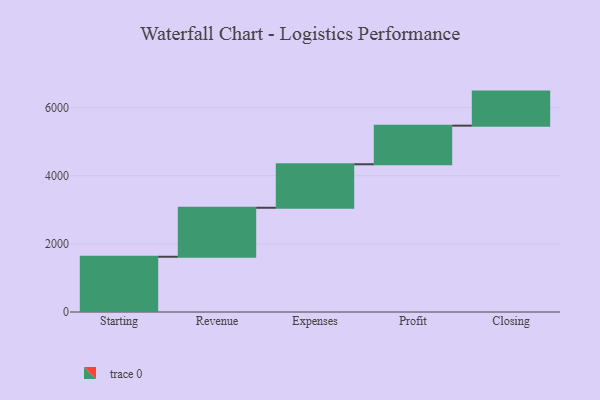
{"axis": {"x": "Step", "y": "Value"}, "legend": [""], "data": [{"x": "Starting", "y": 1622.0, "type": ""}, {"x": "Revenue", "y": 1439.0, "type": ""}, {"x": "Expenses", "y": 1277.0, "type": ""}, {"x": "Profit", "y": 1134.0, "type": ""}, {"x": "Closing", "y": 1000, "type": ""}]}